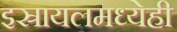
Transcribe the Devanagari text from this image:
इस्रायलमध्येही